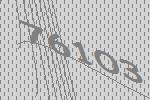
76103